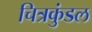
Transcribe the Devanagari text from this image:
चित्रकुंडल